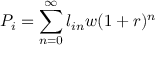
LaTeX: P _ { i } = \sum _ { n = 0 } ^ { \infty } l _ { i n } w { ( 1 + r ) ^ { n } }